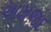
અમજદ